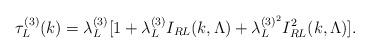
LaTeX: \begin{align*}\tau_{L}^{(3)}(k)= \lambda_L^{(3)} [1 + \lambda_L^{(3)} I_{RL}(k,\Lambda)+ \lambda_L^{(3)^2} I^2_{RL}(k,\Lambda) ].\end{align*}